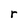
Character: r